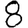
Digit: 8